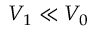
V _ { 1 } \ll V _ { 0 }